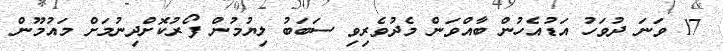
17 ވަނަ ދުވަހު އަޑުއެހުން ބާއްވަން މެދުވެރިވި ސަބަބު ލިޔުމުން ފޯރުކޮށްދިނުމަށް މައުމޫން